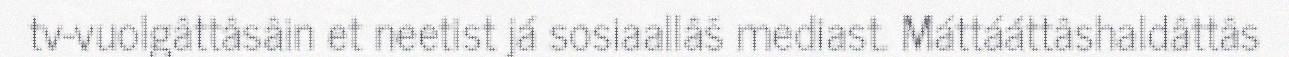
tv-vuolgâttâsâin et neetist já sosiaallâš mediast. Máttááttâshaldâttâs